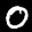
Label: 0